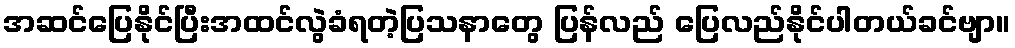
အဆင်ပြေနိုင်ပြီးအထင်လွဲခံရတဲ့ပြသနာတွေ ပြန်လည် ပြေလည်နိုင်ပါတယ်ခင်ဗျာ။